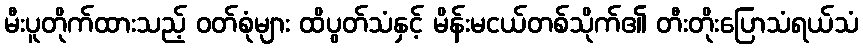
မီးပူတိုက်ထားသည့် ဝတ်စုံများ ထိပွတ်သံနှင့် မိန်းမငယ်တစ်သိုက်၏ တီးတိုးပြောသံရယ်သံ